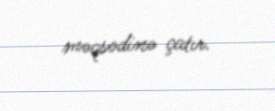
məqsədinə çatır.